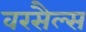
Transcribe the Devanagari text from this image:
वरसैल्स